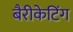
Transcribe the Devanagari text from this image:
बैरीकेटिंग